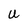
Character: U